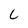
Character: L